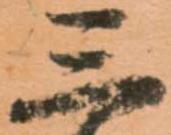
三